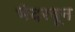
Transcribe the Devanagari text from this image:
भेदरवून